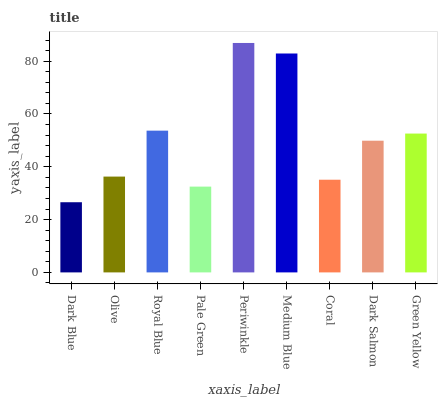
| xaxis_label | bars |
 | --- | --- |
 | Dark Blue | 26.6 |
 | Olive | 36.3 |
 | Royal Blue | 53.7 |
 | Pale Green | 32.5 |
 | Periwinkle | 86.9 |
 | Medium Blue | 82.9 |
 | Coral | 35.1 |
 | Dark Salmon | 49.9 |
 | Green Yellow | 52.6 |